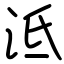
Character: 泜